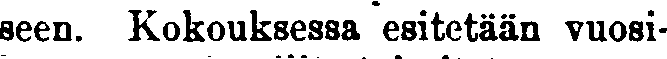
seen. Kokouksessa esitetään vuosi-